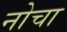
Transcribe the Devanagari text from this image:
नोचा